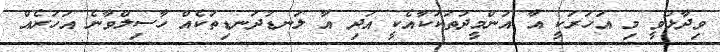
ވިދާޅުވީ މި އަހަރަކީ އާ އުންމީދުތަކަކާއެކީ އަދި އާ ލަނޑުދަނޑިތަކެއް ހާސިލްވާނެ އަހަރެއް